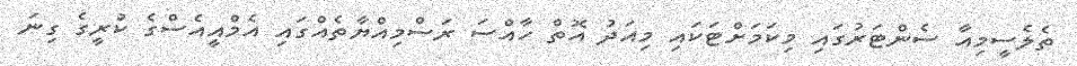
ތެލެސީމިއާ ސެންޓަރުގައި މިކަމަށްޓަކައި މިއަދު އޮތް ހާއްސަ ރަސްމިއްޔާތެއްގައި އެމްއީއެސްގެ ކުރީގެ ގިނަ